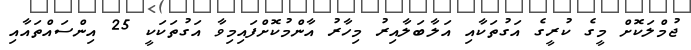
ޖުމްލަކޮށް މީގެ ކުރީގެ އަގުތަކާއި އަލާބަލާއިރު މިހާރު އާންމުކޮށްފައިމިވާ އަގުތަކަކީ 25 އިންސައްތައާއި